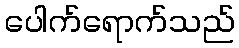
ပေါက်ရောက်သည်